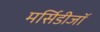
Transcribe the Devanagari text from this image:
मर्सिडीजॉ